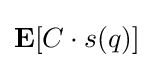
{\mathbf {E}}[C\cdot s(q)]